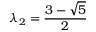
\lambda _ { 2 } = { \frac { 3 - { \sqrt { 5 } } } { 2 } }